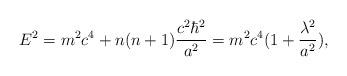
LaTeX: \begin{align*}E^2 = m^2 c^4 + n(n+1) \frac {c^2 \hbar^{2}}{a^2} =m^2c^4(1+\frac{\lambda^2}{a^2}) ,\end{align*}